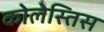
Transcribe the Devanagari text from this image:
कोलेस्तिस